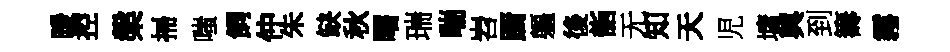
暖控槃掃嗤飼仲朱缺秋曙瑞喘岧蹰軀後詣无知天児墉興到籌霧